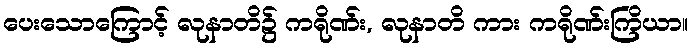
ပေးသောကြောင့် လုနာတိ၌ ကရိုဏ်း, လုနာတိ ကား ကရိုဏ်းကြိယာ။